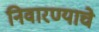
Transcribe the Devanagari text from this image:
निवारण्याचे